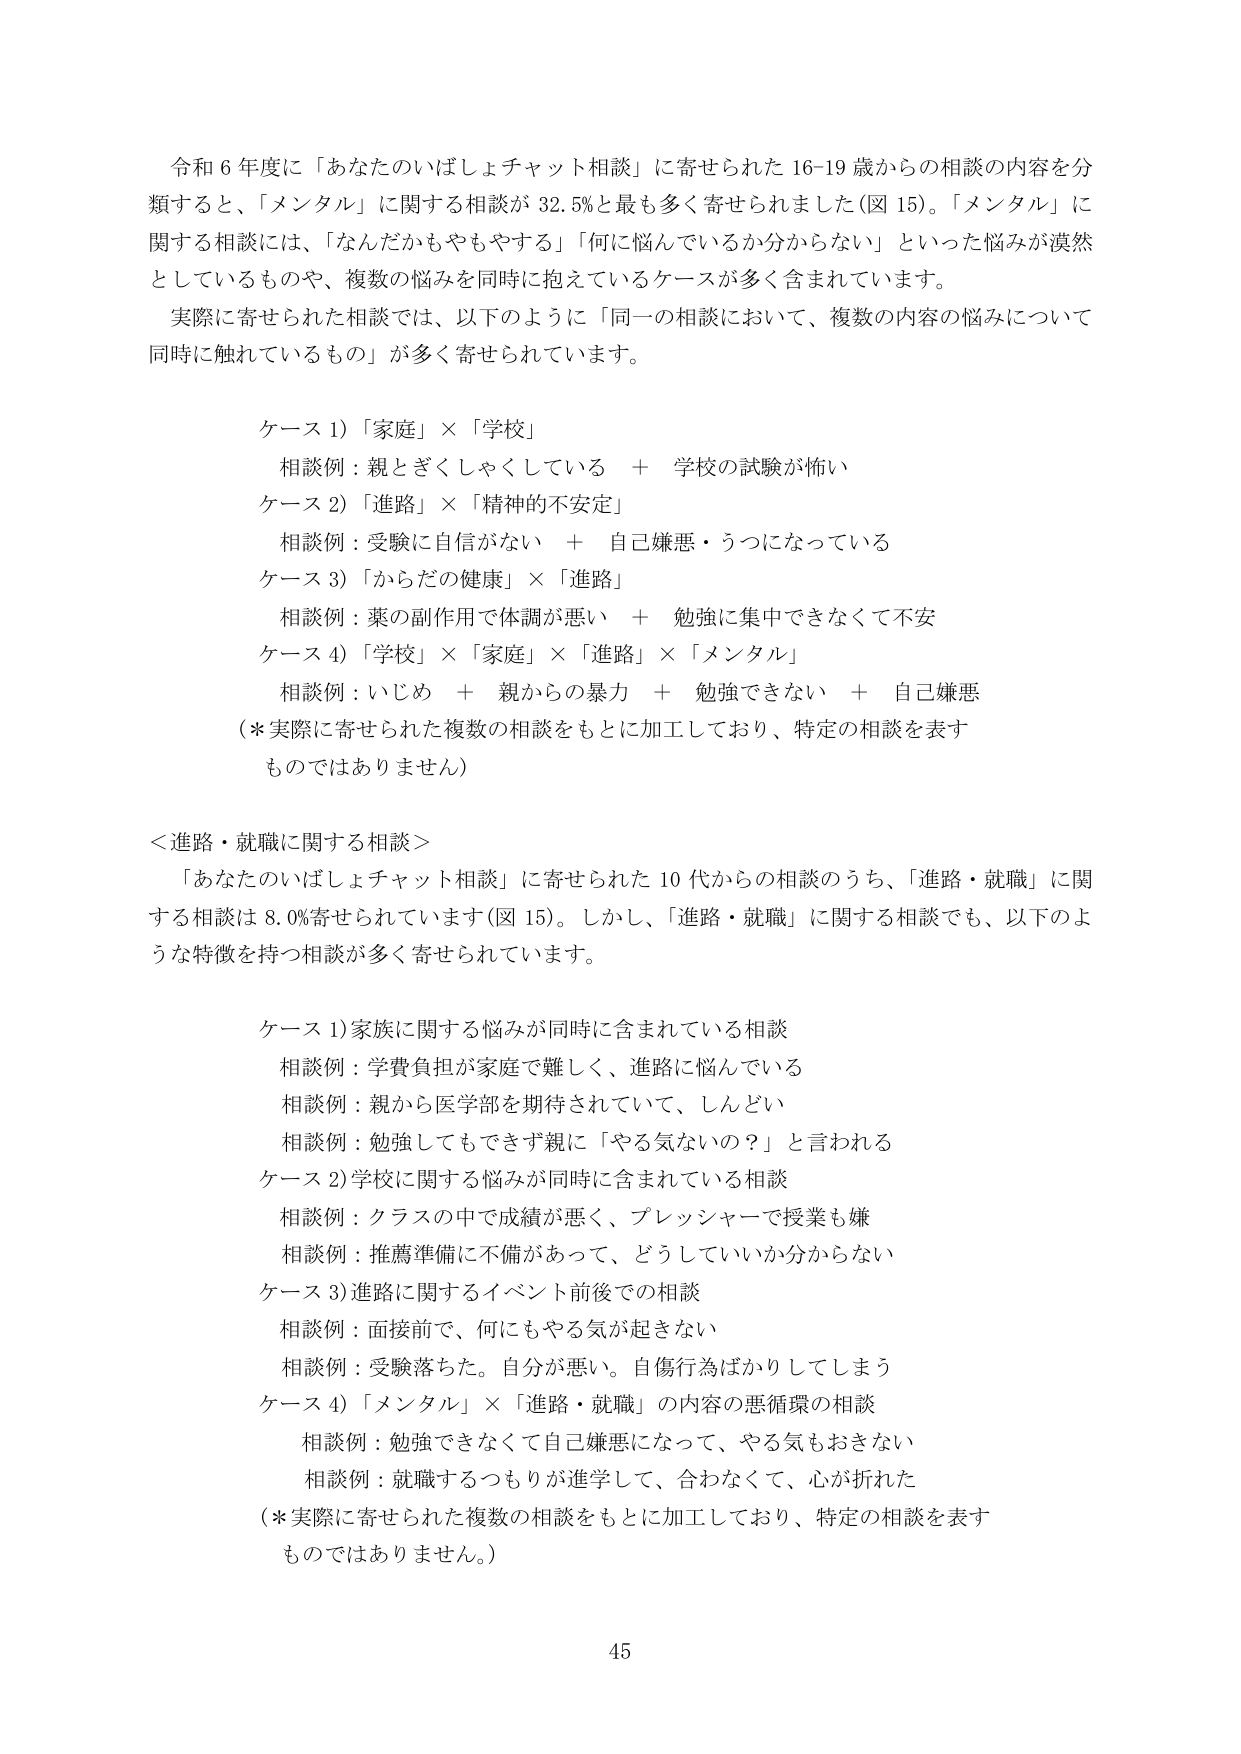
令和６年度に「あなたのいばしょチャット相談」に寄せられた16-19歳からの相談の内容を分類すると、「メンタル」に関する相談が32.5%と最も多く寄せられました（図15）。「メンタル」に関する相談には、「なんだかもやもやする」「何に悩んでいるか分からない」といった悩みが漠然としているものや、複数の悩みを同時に抱えているケースが多く含まれています。

実際に寄せられた相談では、以下のように「同一の相談において、複数の内容の悩みについて同時に触れているもの」が多く寄せられています。

ケース1）「家庭」×「学校」
相談例：親とぎくしゃくしている ＋ 学校の試験が怖い

ケース2）「進路」×「精神的不安定」
相談例：受験に自信がない ＋ 自己嫌悪・うつになっている

ケース3）「からだの健康」×「進路」
相談例：薬の副作用で体調が悪い ＋ 勉強に集中できなくて不安

ケース4）「学校」×「家庭」×「進路」×「メンタル」
相談例：いじめ ＋ 親からの暴力 ＋ 勉強できない ＋ 自己嫌悪
（＊実際に寄せられた複数の相談をもとに加工しており、特定の相談を表すものではありません）

＜進路・就職に関する相談＞
「あなたのいばしょチャット相談」に寄せられた10代からの相談のうち、「進路・就職」に関する相談は8.0%寄せられています（図15）。しかし、「進路・就職」に関する相談でも、以下のような特徴を持つ相談が多く寄せられています。

ケース1）家族に関する悩みが同時に含まれている相談
相談例：学費負担が家庭で難しく、進路に悩んでいる
相談例：親から医学部を期待されていて、しんどい
相談例：勉強してもできず親に「やる気ないの？」と言われる

ケース2）学校に関する悩みが同時に含まれている相談
相談例：クラスの中で成績が悪く、プレッシャーで授業も嫌
相談例：推薦準備に不備があって、どうしていいか分からない

ケース3）進路に関するイベント前後での相談
相談例：面接前で、何にもやる気が起きない
相談例：受験落ちた。自分が悪い。自傷行為ばかりしてしまう

ケース4）「メンタル」×「進路・就職」の内容の悪循環の相談
相談例：勉強できなくて自己嫌悪になって、やる気もおきない
相談例：就職するつもりが進学して、合わなくて、心が折れた
（＊実際に寄せられた複数の相談をもとに加工しており、特定の相談を表すものではありません。）

45